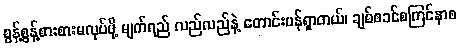
စွန့်စွန့်စားစားမလုပ်ဖို့ မျက်ရည် လည်လည်နဲ့ တောင်းပန်ရှာတယ်၊ ချစ်စခင်စကြင်နာစ